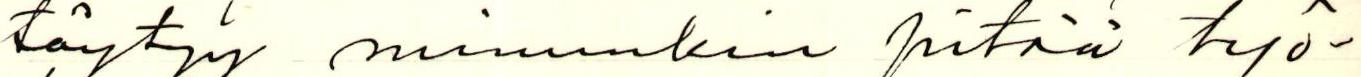
täytyy minunkin pitää työ-